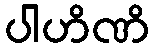
ပါဟိဏိ